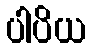
ပါပိယ